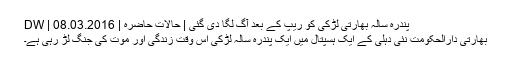
پندرہ سالہ بھارتی لڑکی کو ریپ کے بعد آگ لگا دی گئی | حالات حاضرہ | DW | 08.03.2016
بھارتی دارالحکومت نئی دہلی کے ایک ہسپتال میں ایک پندرہ سالہ لڑکی اس وقت زندگی اور موت کی جنگ لڑ رہی ہے۔